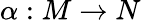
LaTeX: \alpha:M\rightarrow N